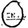
Digit: 0